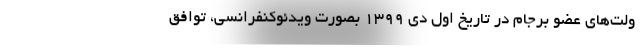
ولت‌های عضو برجام در تاریخ اول دی ۱۳۹۹ بصورت ویدئوکنفرانسی، توافق